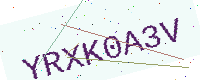
Text: YRXK0A3V